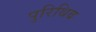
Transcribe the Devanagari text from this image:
पुरिथिब